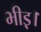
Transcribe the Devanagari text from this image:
भीड़़।